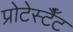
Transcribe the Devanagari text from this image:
प्रोटेस्टैँट